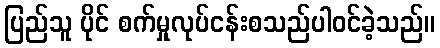
ပြည်သူ ပိုင် စက်မှုလုပ်ငန်းစသည်ပါဝင်ခဲ့သည်။